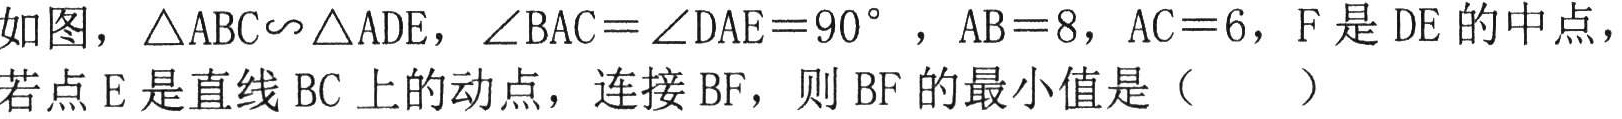
如图，\(\triangle ABC\sim\triangle ADE\)，\(\angle BAC = \angle DAE = 90^{\circ}\)，\(AB = 8\)，\(AC = 6\)，\(F\)是\(DE\)的中点，若点\(E\)是直线\(BC\)上的动点，连接\(BF\)，则\(BF\)的最小值是（  ）